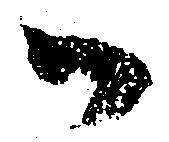
御